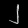
Digit: ၂